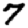
Digit: 7